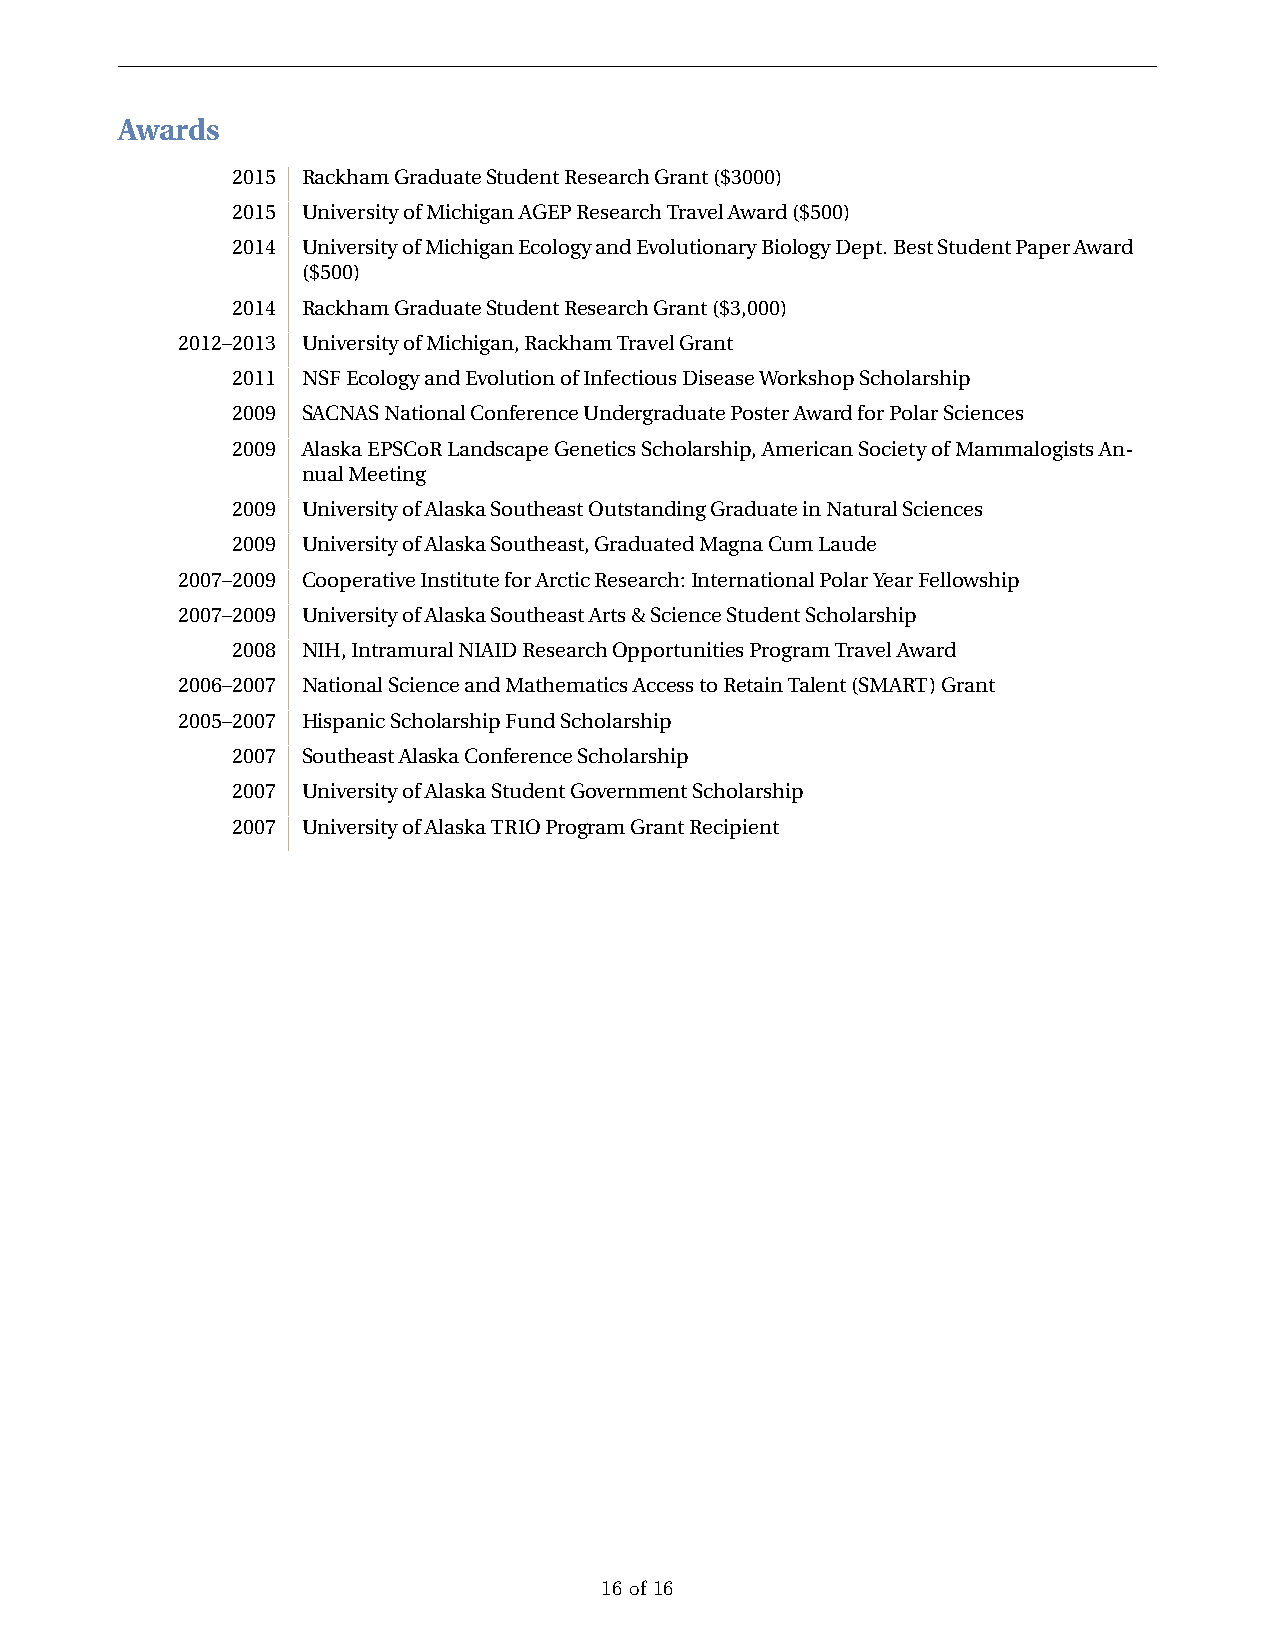
Awards
 2015 RackhamGraduateStudentResearchGrant($3000)
 2015 UniversityofMichiganAGEPResearchTravelAward($500)
 2014 UniversityofMichiganEcologyandEvolutionaryBiologyDept.BestStudentPaperAward
 ($500)
 2014 RackhamGraduateStudentResearchGrant($3,000)
 2012–2013 UniversityofMichigan,RackhamTravelGrant
 2011 NSFEcologyandEvolutionofInfectiousDiseaseWorkshopScholarship
 2009 SACNASNationalConferenceUndergraduatePosterAwardforPolarSciences
 2009 AlaskaEPSCoRLandscapeGeneticsScholarship,AmericanSocietyofMammalogistsAn-
 nualMeeting
 2009 UniversityofAlaskaSoutheastOutstandingGraduateinNaturalSciences
 2009 UniversityofAlaskaSoutheast,GraduatedMagnaCumLaude
 2007–2009 CooperativeInstituteforArcticResearch:InternationalPolarYearFellowship
 2007–2009 UniversityofAlaskaSoutheastArts&ScienceStudentScholarship
 2008 NIH,IntramuralNIAIDResearchOpportunitiesProgramTravelAward
 2006–2007 NationalScienceandMathematicsAccesstoRetainTalent(SMART)Grant
 2005–2007 HispanicScholarshipFundScholarship
 2007 SoutheastAlaskaConferenceScholarship
 2007 UniversityofAlaskaStudentGovernmentScholarship
 2007 UniversityofAlaskaTRIOProgramGrantRecipient
 16 of 16